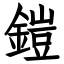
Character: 鎧